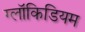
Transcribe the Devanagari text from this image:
ग्लॉकिडियम